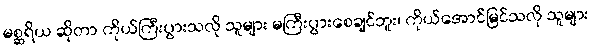
မစ္ဆရိယ ဆိုတာ ကိုယ်ကြီးပွားသလို သူများ မကြီးပွားစေချင်ဘူး၊ ကိုယ်အောင်မြင်သလို သူများ